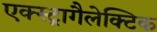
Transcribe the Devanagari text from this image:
एक्स्ट्रागैलेक्टिक